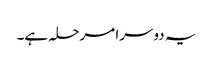
یہ دوسرا مرحلہ ہے۔